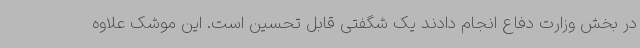
در بخش وزارت دفاع انجام دادند یک شگفتی قابل تحسین است. این موشک علاوه